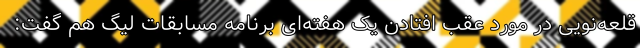
قلعه‌نویی در مورد عقب افتادن یک هفته‌ای برنامه مسابقات لیگ هم گفت: